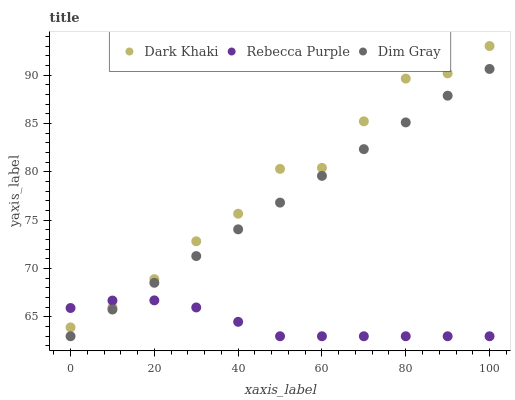
| xaxis_label | Dark Khaki | Rebecca Purple | Dim Gray |
 | --- | --- | --- | --- |
 | 0 | 63.9 | 65.9 | 63 |
 | 10 | 66 | 66.7 | 65.8 |
 | 20 | 68.9 | 66.7 | 68.5 |
 | 30 | 72.8 | 66 | 71.3 |
 | 40 | 75.7 | 64.5 | 74.1 |
 | 50 | 80.3 | 63 | 76.8 |
 | 60 | 80.4 | 63 | 79.6 |
 | 70 | 85.2 | 63 | 82.3 |
 | 80 | 89.6 | 63 | 85.1 |
 | 90 | 90.2 | 63 | 87.9 |
 | 100 | 93 | 63 | 90.6 |